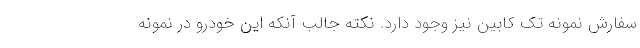
سفارش نمونه تک کابین نیز وجود دارد. نکته جالب آنکه این خودرو در نمونه